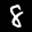
Label: 8